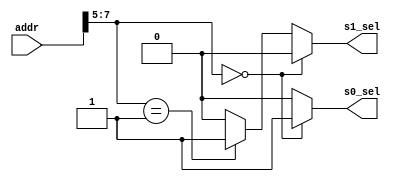
module bus_addr(addr, s0_sel, s1_sel);
  input [7:0] addr;
  output s0_sel, s1_sel;
  
  reg s0_sel, s1_sel;
  
  
  always@(addr) begin
    if(addr[7:5]==3'b000) begin //0x00~0x1F
	   {s0_sel, s1_sel} = 2'b10;
	 end
	 else if(addr[7:5]==3'b001) begin //0x20~0x3F
	   {s0_sel, s1_sel} = 2'b01;
	 end
	 else begin
	   {s0_sel, s1_sel} = 2'b00;
	 end
  end
  
  
endmodule